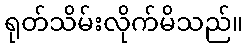
ရုတ်သိမ်းလိုက်မိသည်။